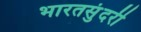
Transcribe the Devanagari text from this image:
भारतसुंदरी